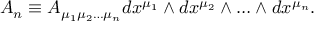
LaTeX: A _ { n } \equiv A _ { \mu _ { 1 } \mu _ { 2 } \ldots \mu _ { n } } d x ^ { \mu _ { 1 } } \wedge d x ^ { \mu _ { 2 } } \wedge \ldots \wedge d x ^ { \mu _ { n } } .